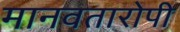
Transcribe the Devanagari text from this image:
मानवतारोपी